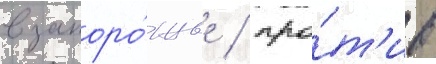
в запоро́жье / про́т'ив